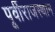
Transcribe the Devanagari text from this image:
पूर्वीराजस्थान